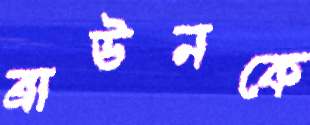
ব্রাউনকে